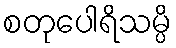
စတုပေါရိသမ္ပိ